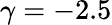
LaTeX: \gamma=-2.5